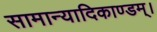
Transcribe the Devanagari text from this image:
सामान्यादिकाण्डम्।